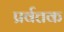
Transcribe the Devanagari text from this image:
प्रर्वत्तक